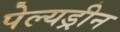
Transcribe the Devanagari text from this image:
पेल्यड्रीन